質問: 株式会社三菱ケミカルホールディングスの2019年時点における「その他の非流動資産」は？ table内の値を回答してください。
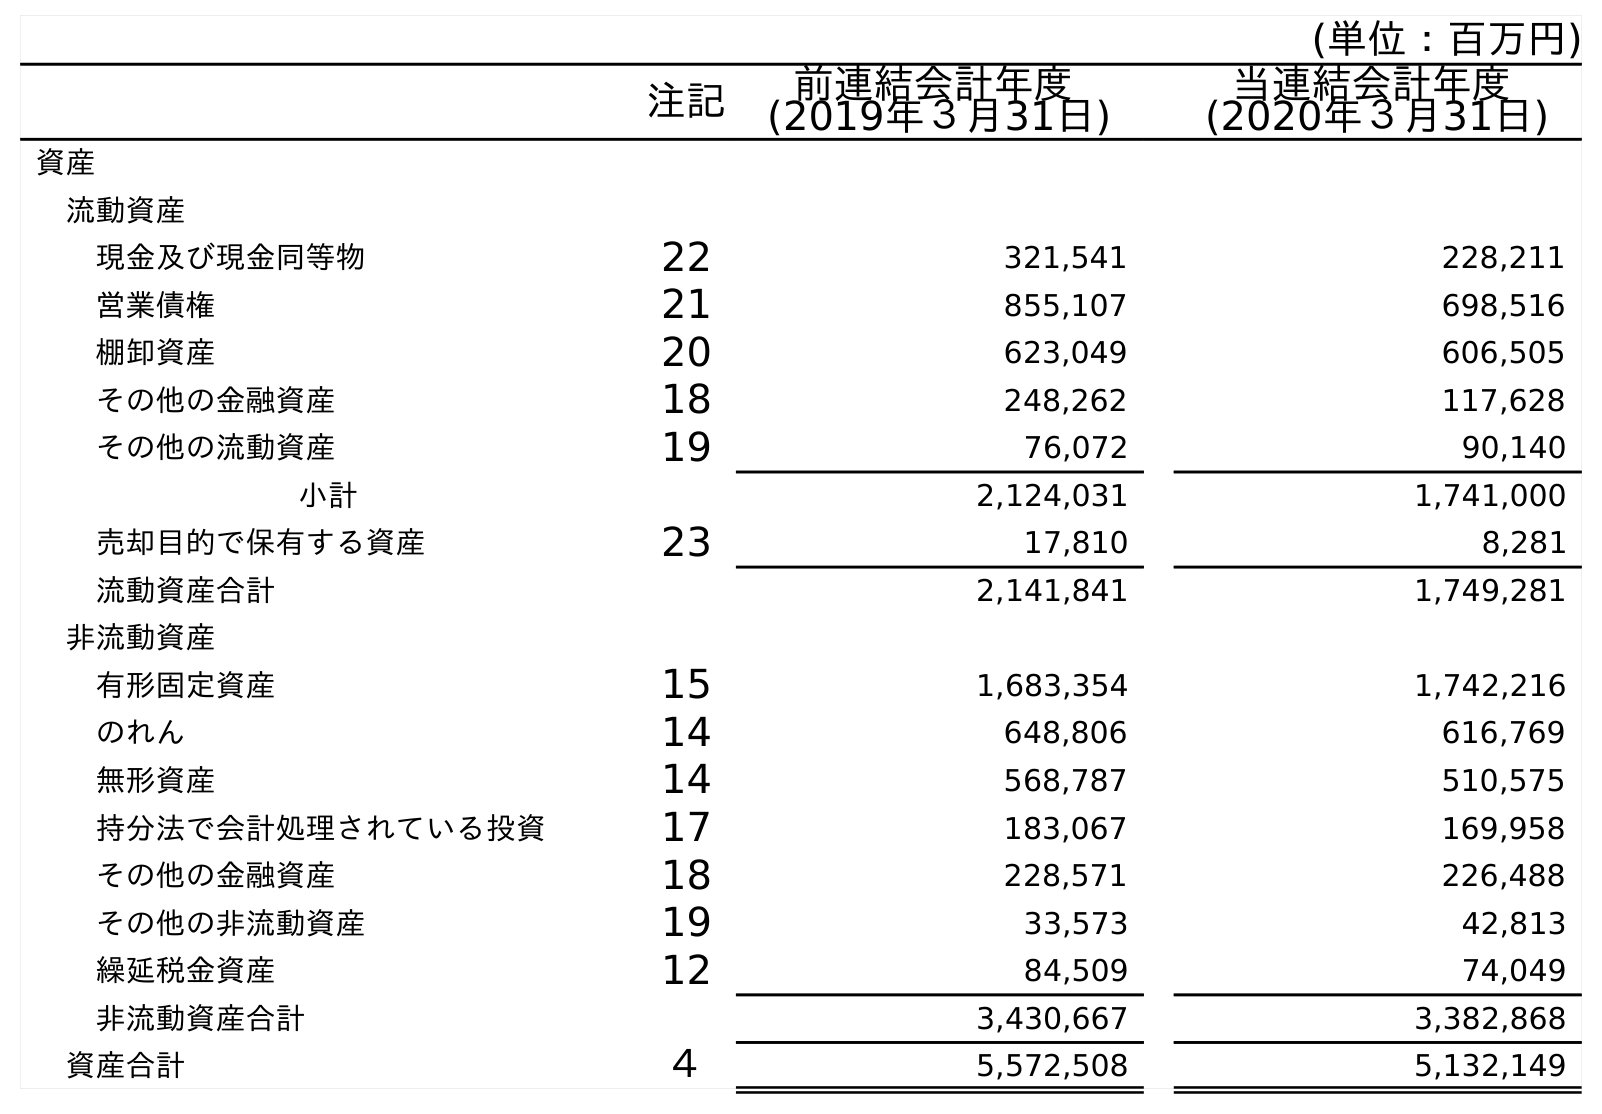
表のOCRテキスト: (単位：百万円) 注記 前連結会計年度 (2019年３月31日) 当連結会計年度 (2020年３月31日) 資産 流動資産 現金及び現金同等物 22 321,541 228,211 営業債権 21 855,107 698,516 棚卸資産 20 623,049 606,505 その他の金融資産 18 248,262 117,628 その他の流動資産 19 76,072 90,140 小計 2,124,031 1,741,000 売却目的で保有する資産 23 17,810 8,281 流動資産合計 2,141,841 1,749,281 非流動資産 有形固定資産 15 1,683,354 1,742,216 のれん 14 648,806 616,769 無形資産 14 568,787 510,575 持分法で会計処理されている投資 17 183,067 169,958 その他の金融資産 18 228,571 226,488 その他の非流動資産 19 33,573 42,813 繰延税金資産 12 84,509 74,049 非流動資産合計 3,430,667 3,382,868 資産合計 ４ 5,572,508 5,132,149
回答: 33,573